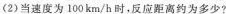
(2)当速度为100km/h时，反应距离约为多少?